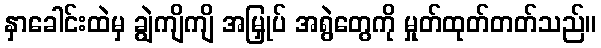
နှာခေါင်းထဲမှ ချွဲကျိကျိ အမြှုပ် အရွဲတွေကို မှုတ်ထုတ်တတ်သည်။